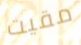
مقيت